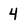
Character: 4